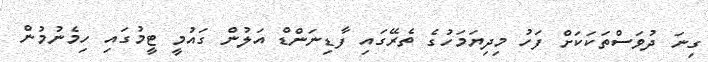
ގިނަ ދުވަސްތަކަކަށް ފަހު މިދިޔަމަހުގެ ތެރޭގައި ފާޑިނަންޑް އަލުން ގައުމީ ޓީމުގައި ހިމެނުމުން